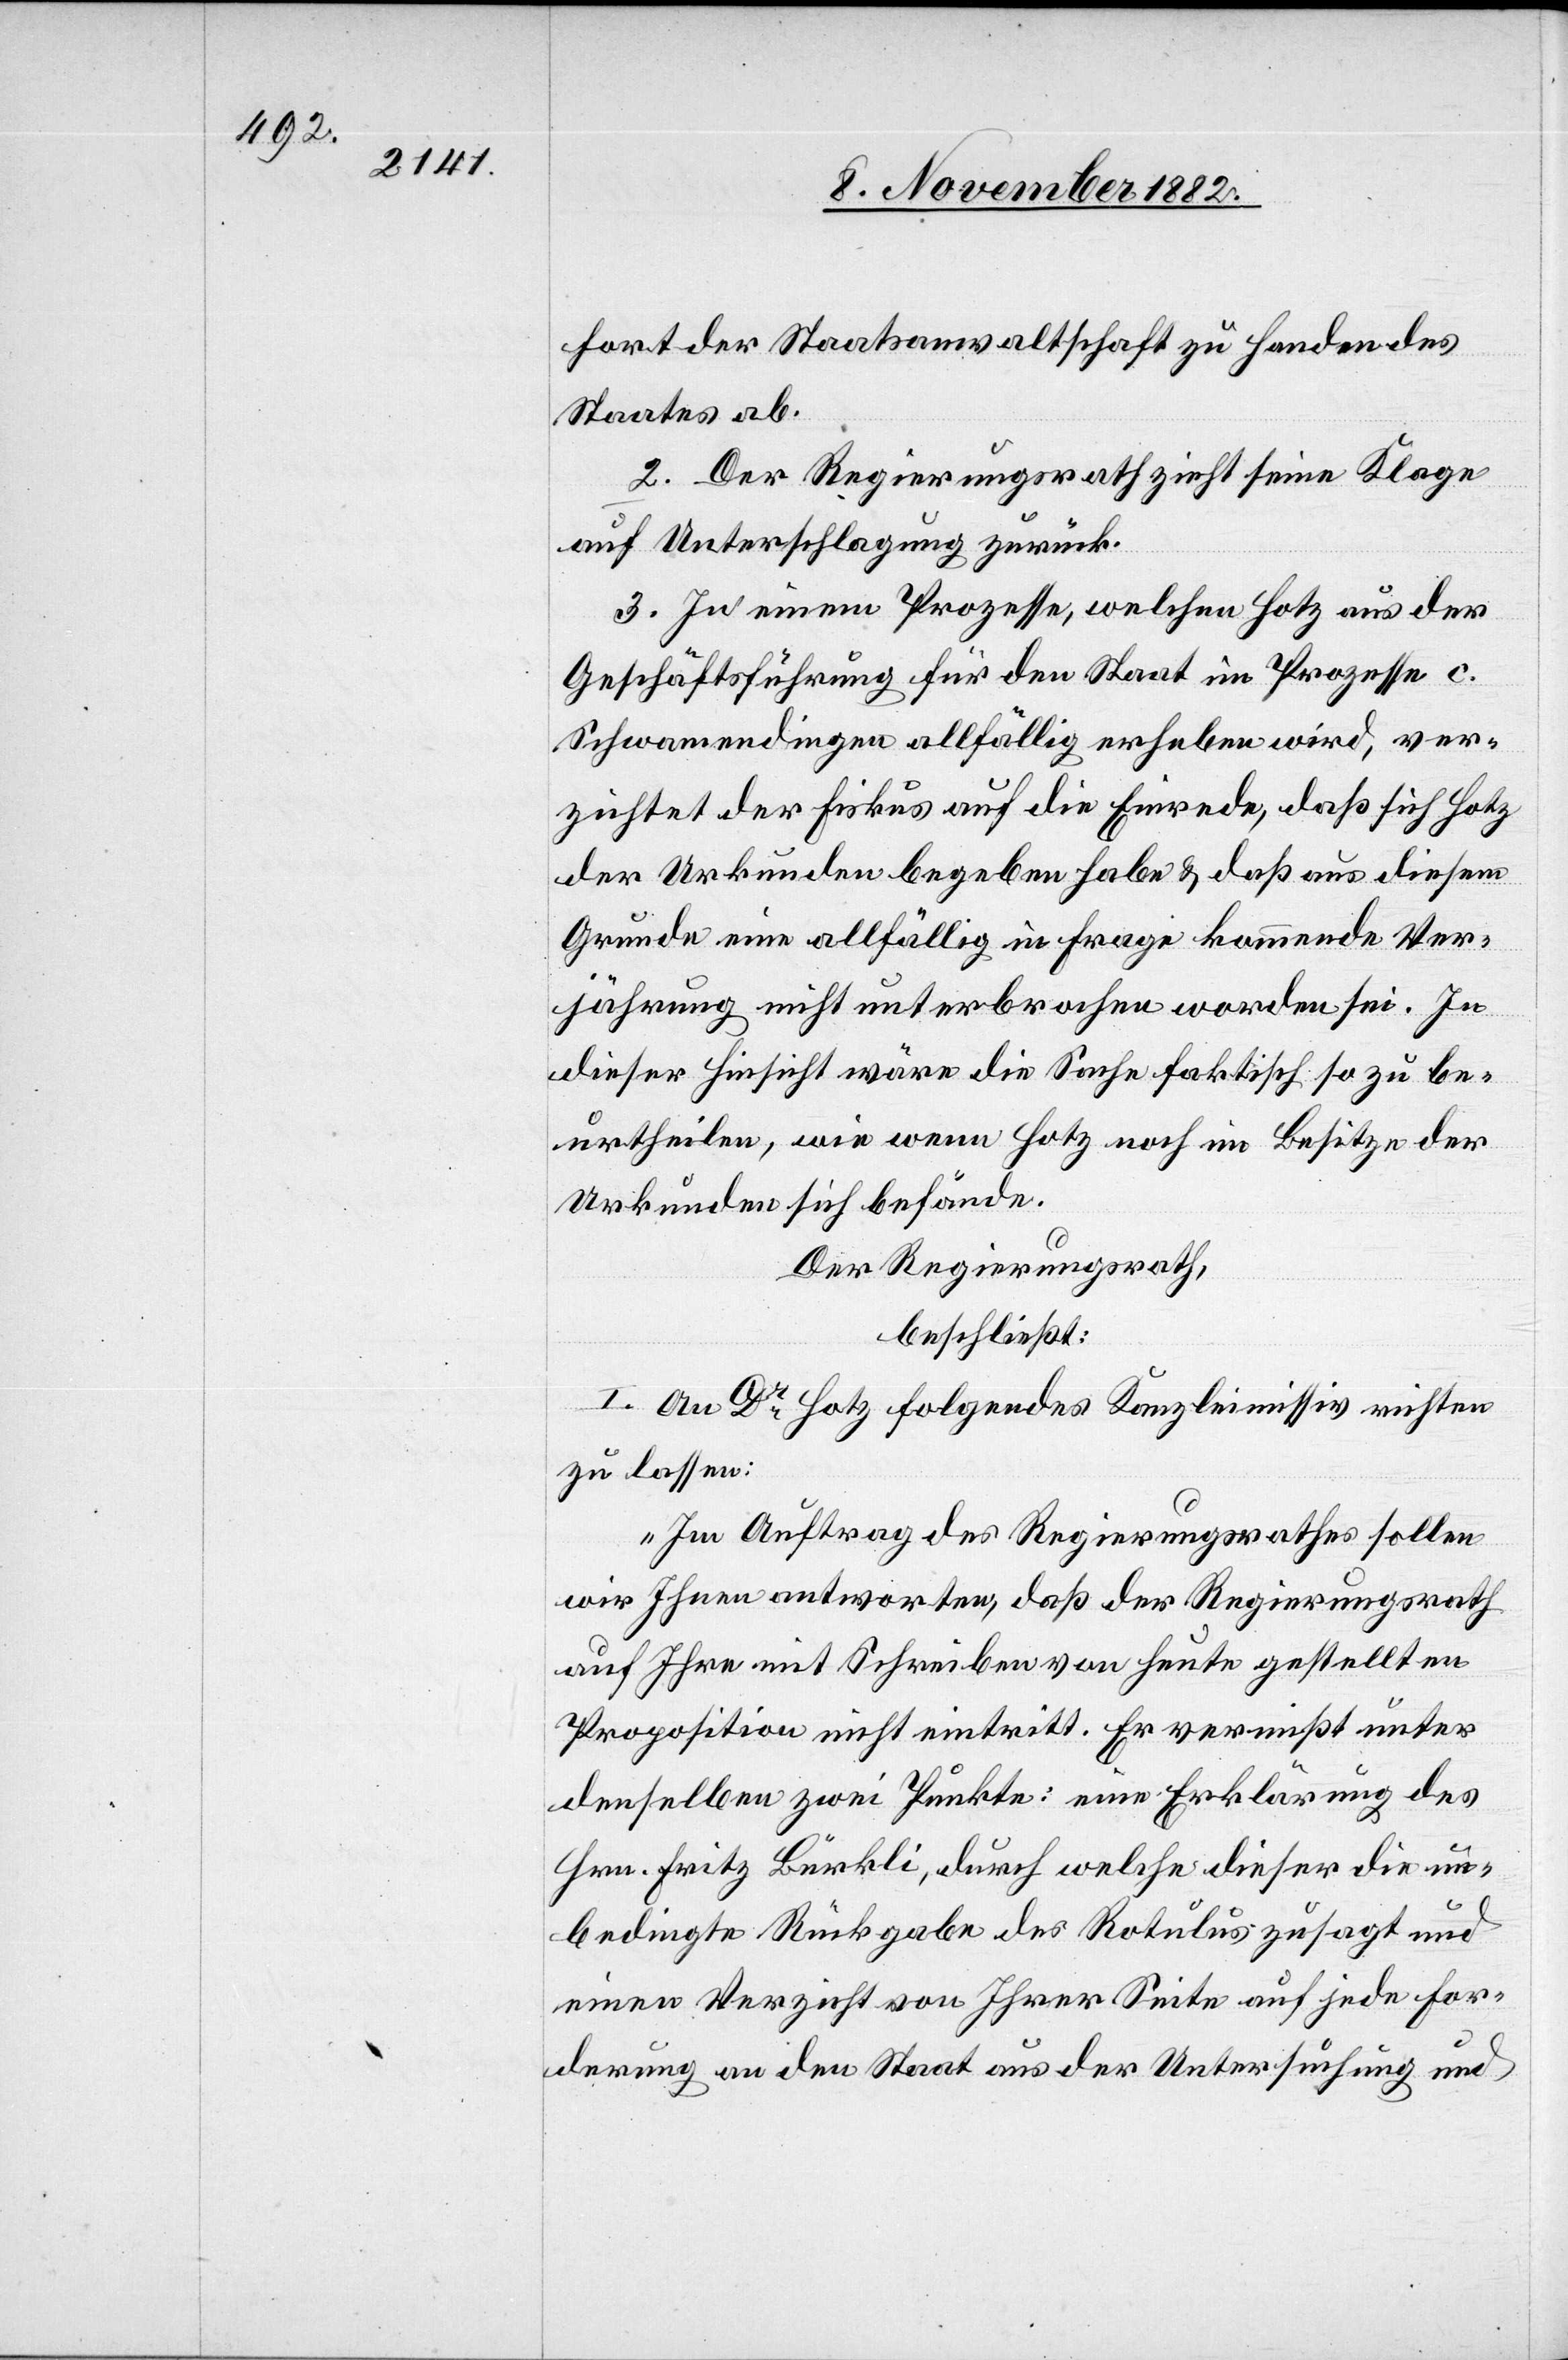
fort der Staatsanwaltschaft zu Handen des
Staates ab.
2. Der Regierungsrath zieht seine Klage
auf Unterschlagung zurück.
3. In einem Prozesse, welchen Hotz aus der
Geschäftsführung für den Staat im Prozesse c.
Schwamendingen allfällig erheben wird, ver¬
zichtet der Fiskus auf die Einrede, daß sich Hotz
der Urkunden begeben habe & daß aus diesem
Grunde eine allfällig in Frage kommende Ver¬
jährung nicht unterbrochen worden sei. In
dieser Hinsicht wäre die Sache faktisch so zu be¬
urtheilen, wie wenn Hotz noch im Besitze der
Urkunden sich befände.
Der Regierungsrath,
beschließt:
I. An Dr Hotz folgendes Kanzleimissiv richten
zu lassen:
„Im Auftrag des Regierungsrathes sollen
wir Ihnen antworten, daß der Regierungsrath
auf Ihre mit Schreiben von heute gestellten
Proposition nicht eintritt. Er vermißt unter
denselben zwei Punkte: eine Erklärung des
Hrn. Fritz Bürkli, durch welche dieser die un¬
bedingte Rückgabe des Rotulus zusagt und
einen Verzicht von Ihrer Seite auf jede For¬
derung an den Staat aus der Untersuchung und